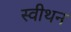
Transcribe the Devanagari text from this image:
स्वीथन